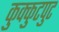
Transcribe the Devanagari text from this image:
कुक्कुटपुट